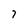
Character: 7